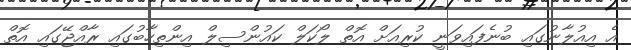
އެ އިއުލާނުގައި ބުނެފައިވަނީ ކުރިއަށް އޮތް ލޯކަލް ކައުންސިލް އިންތިހާބުގައި ރާއްޖޭގައި އޮތް